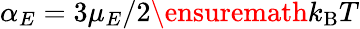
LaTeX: \alpha_{E}=3\mu_{E}/2\ensuremath{k_{\mathrm{B}}T}